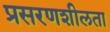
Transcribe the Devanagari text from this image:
प्रसरणशीलता